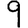
Digit: 9